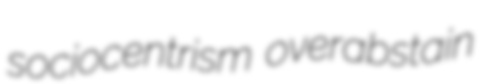
sociocentrism overabstain